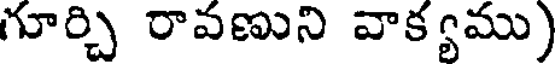
గూర్చి రావణుని వాక్యము)